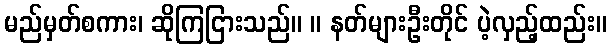
မည်မှတ်စကား၊ ဆိုကြငြားသည်။ ။ နတ်များဦးတိုင် ပဲ့လှည့်ထည်း။